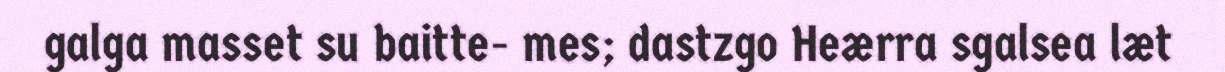
galga masset su baitte- mes; dastzgo Heærra sgalsea læt